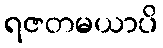
ရဇတမယာပိ